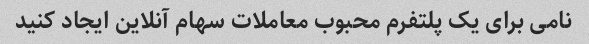
نامی برای یک پلتفرم محبوب معاملات سهام آنلاین ایجاد کنید